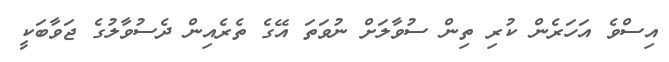
އިސްވެ އަހަރެން ކުރި ތިން ސުވާލަށް ނުވަތަ އޭގެ ތެރެއިން ދެސުވާލުގެ ޖަވާބަކީ